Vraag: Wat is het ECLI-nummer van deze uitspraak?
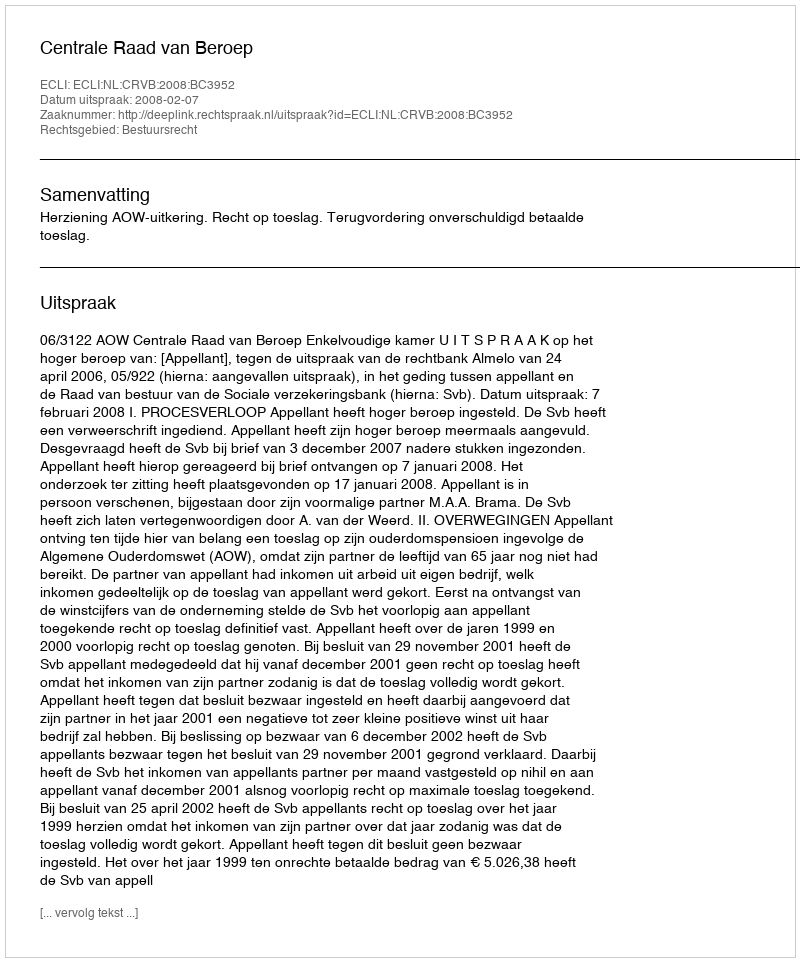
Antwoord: ECLI:NL:CRVB:2008:BC3952